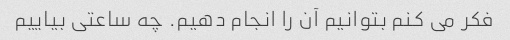
فکر می کنم بتوانیم آن را انجام دهیم. چه ساعتی بیاییم